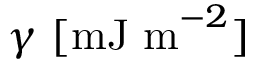
\gamma \ [ \mathrm { m J \ m } ^ { - 2 } ]